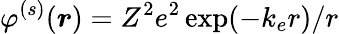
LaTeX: {\varphi^{(s)}(\boldsymbol{r})=Z^{2}e^{2}\exp(-k_{e}r)/r}